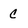
Character: C